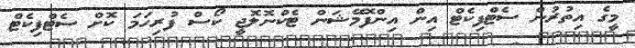
މީގެ އިތުރުން ސެޓްފިކެޓް އިން އިންފޮމޭޝަން ޓެކްނޮލޮޖީ ކޯސް ފުރިހަމަ ކޮށް ސެޓްފިކެޓް